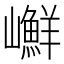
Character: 𡾮